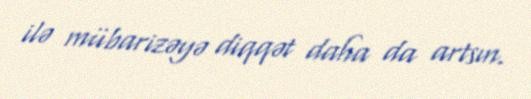
ilə mübarizəyə diqqət daha da artsın.